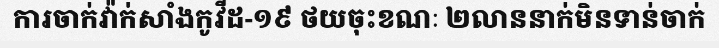
ការចាក់វ៉ាក់សាំងកូវីដ-១៩ ថយចុះខណៈ ២លាននាក់មិនទាន់ចាក់